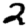
Digit: 2